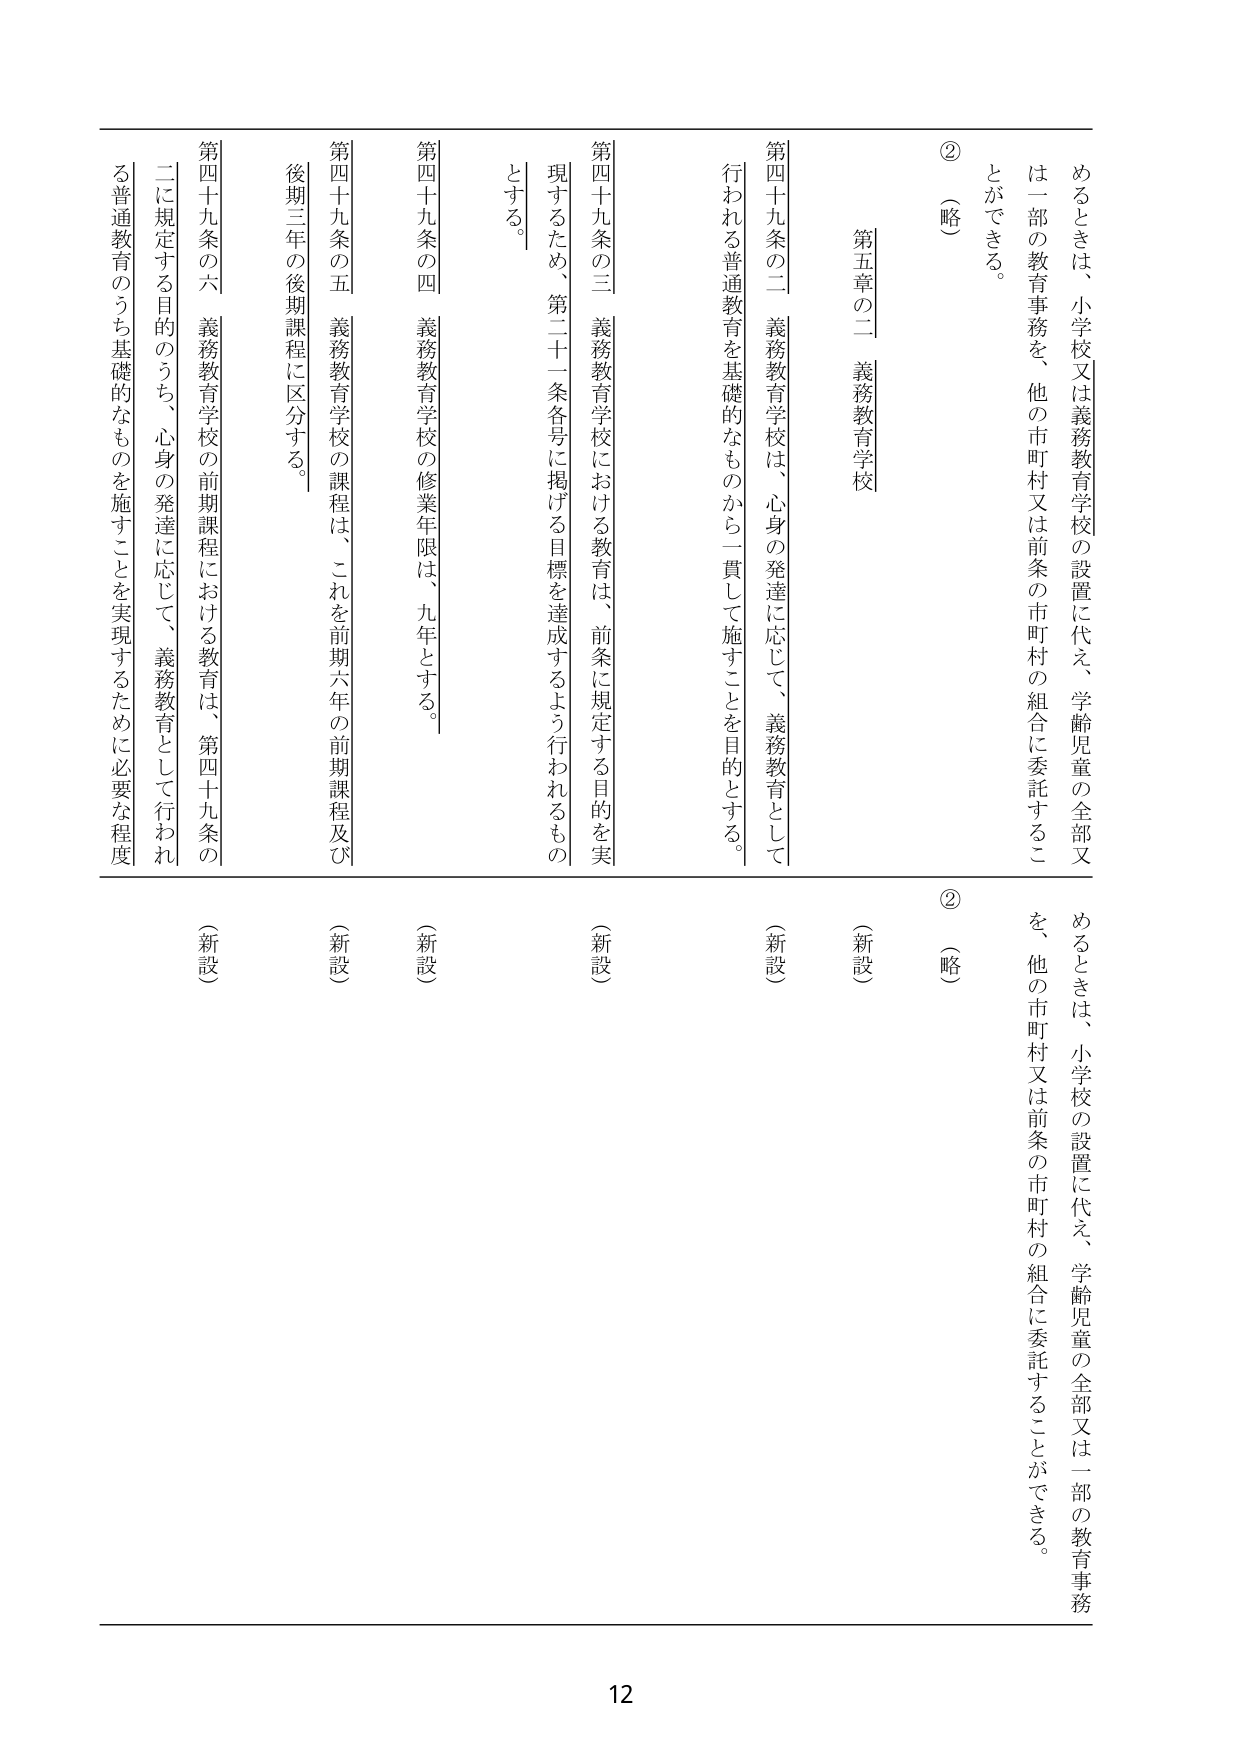
②（略）

第五章の二 義務教育学校

第四十九条の二 義務教育学校は、心身の発達に応じて、義務教育として行われる普通教育を基礎的なものから一貫して施すことを目的とする。

（新設）

第四十九条の三 義務教育学校における教育は、前条に規定する目的を実現するため、第二十一条各号に掲げる目標を達成するよう行われるものとする。

（新設）

第四十九条の四 義務教育学校の修業年限は、九年とする。

（新設）

第四十九条の五 義務教育学校の課程は、これを前期六年の前期課程及び後期三年の後期課程に区分する。

（新設）

第四十九条の六 義務教育学校の前期課程における教育は、第四十九条の二に規定する目的のうち、心身の発達に応じて、義務教育として行われる普通教育のうち基礎的なものを施すことを実現するために必要な程度

（新設）

めるときは、小学校又は義務教育学校の設置に代え、学齢児童の全部又は一部の教育事務を、他の市町村又は前条の市町村の組合に委託することができる。

②（略）

めるときは、小学校の設置に代え、学齢児童の全部又は一部の教育事務を、他の市町村又は前条の市町村の組合に委託することができる。

12